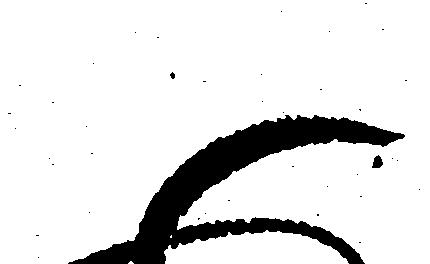
御